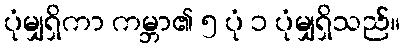
ပုံမျှရှိကာ ကမ္ဘာ၏ ၅ ပုံ ၁ ပုံမျှရှိသည်။